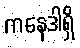
ကနေဒါရှိ